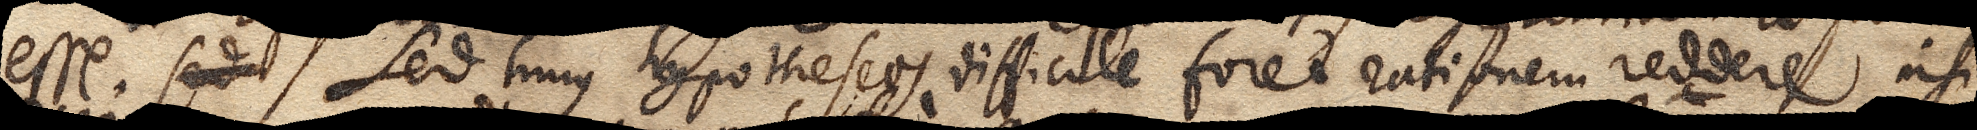
esse. Sed hujus hypotheseos difficile foret rationem reddere nisi